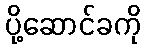
ပို့ဆောင်ခကို